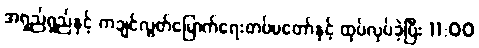
အရှည်ရှည်နှင့် ကချင်လွတ်မြောက်ရေးတပ်မတော်နှင့် ထုပ်လုပ်ခဲ့ပြီး 11:00